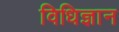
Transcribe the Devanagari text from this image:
विधिज्ञान